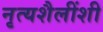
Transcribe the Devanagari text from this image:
नृत्यशैलींशी